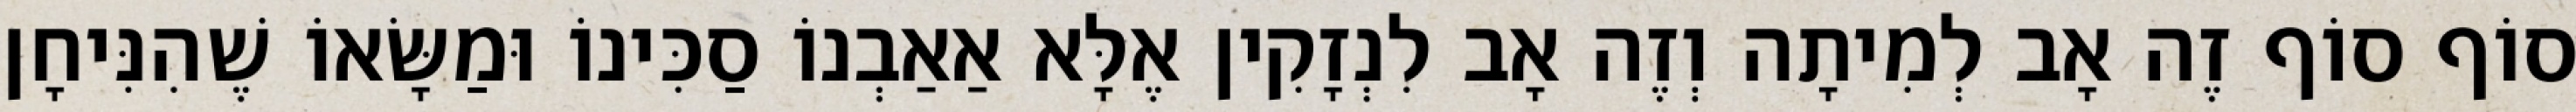
סוֹף סוֹף זֶה אָב לְמִיתָה וְזֶה אָב לִנְזָקִין אֶלָּא אַאַבְנוֹ סַכִּינוֹ וּמַשָּׂאוֹ שֶׁהִנִּיחָן